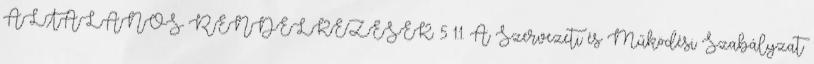
ÁLTALÁNOS RENDELKEZÉSEK. 5 1.1. A Szervezeti és Működési Szabályzat